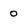
Character: 0